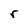
Character: r